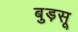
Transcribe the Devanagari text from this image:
बुड़सू